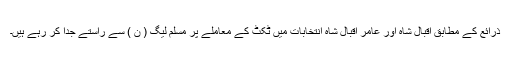
ذرائع کے مطابق اقبال شاہ اور عامر اقبال شاہ انتخابات میں ٹکٹ کے معاملے پر مسلم لیگ ( ن ) سے راستے جدا کر رہے ہیں۔